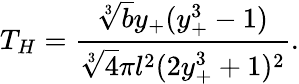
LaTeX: T_{H}=\frac{\sqrt[3]{b}y_{+}(y_{+}^{3}-1)}{\sqrt[3]{4}\pi l^{2}(2y_{+}^{3}+1)^{2}}.